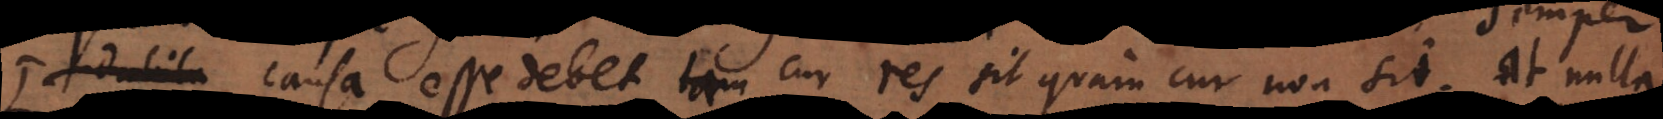
Semper causa esse debet tam cur res sit quam cur non sit. At nulla